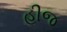
હીજ